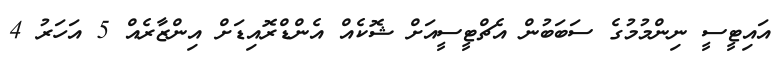
އައިޓީސީ ނިންމުމުގެ ސަބަބުން އެޗްޓީސީއަށް ޝޮކެއް އެންޑްރޮއިޑަށް އިންޒާރެއް 5 އަހަރު 4